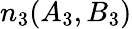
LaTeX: n_{3}(A_{3},B_{3})